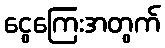
ငွေကြေးအတွက်